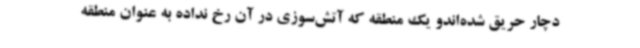
دچار حریق شده‌اندو یک منطقه که آتش‌سوزی در آن رخ نداده به عنوان منطقه